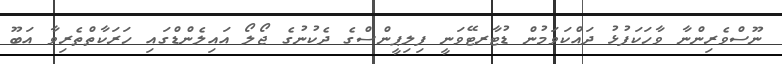
ނޫސްވެރިންނާ ވާހަކަފުޅު ދައްކަވަމުން ޑުޓާރޓޭވަނީ ފިލިޕީންސްގެ ދެކުނުގެ ޖޯލޯ އައިލެންޑްގައި ހަރަކާތްތެރިވާ އަބޫ